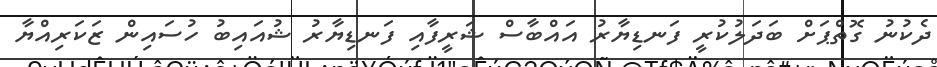
ދެކުނު ގޮތްޕަށް ބަދަލުކުރީ ފަނޑިޔާރު އައްބާސް ޝަރީފާއި ފަނޑިޔާރު ޝުއައިބު ހުސައިން ޒަކަރިއްޔާ